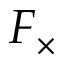
F _ { \times }